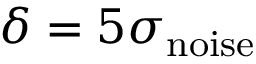
\delta = 5 \sigma _ { \mathrm { n o i s e } }